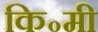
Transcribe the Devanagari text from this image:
कि॰मी